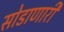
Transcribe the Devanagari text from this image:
सोडाणारी